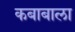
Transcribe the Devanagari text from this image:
कबाबाला